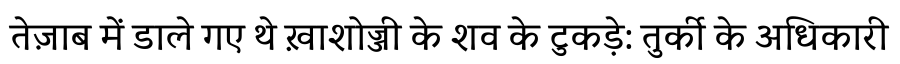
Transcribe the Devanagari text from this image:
तेज़ाब में डाले गए थे ख़ाशोज्जी के शव के टुकड़े: तुर्की के अधिकारी